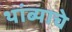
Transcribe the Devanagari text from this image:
थांब्याचे